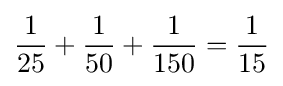
{\frac {1}{25}}+{\frac {1}{50}}+{\frac {1}{150}}={\frac {1}{15}}